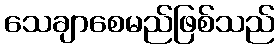
သေချာစေမည်ဖြစ်သည်